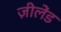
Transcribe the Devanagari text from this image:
ज़ीलेंड